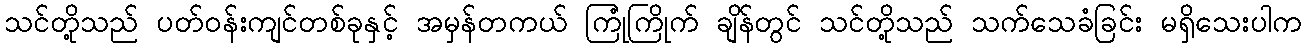
သင်တို့သည် ပတ်ဝန်းကျင်တစ်ခုနှင့် အမှန်တကယ် ကြုံကြိုက် ချိန်တွင် သင်တို့သည် သက်သေခံခြင်း မရှိသေးပါက